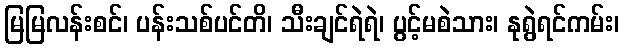
မြမြလန်းစင်၊ ပန်းသစ်ပင်တိ၊ သီးချင်ရဲရဲ၊ ပွင့်မစဲသား၊ နုရွဲရင်ကမ်း၊